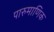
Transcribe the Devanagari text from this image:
पारुमाणिक